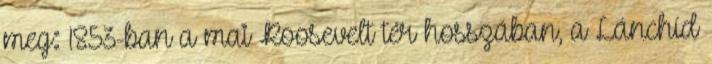
meg: 1853-ban a mai Roosevelt tér hosszában, a Lánchíd